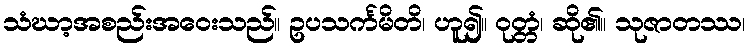
သံဃာ့အစည်းအဝေးသည်။ ဥပသင်္ကမိတိ၊ ဟူ၍။ ဝုတ္တံ၊ ဆို၏။ သုဇာတဿ၊